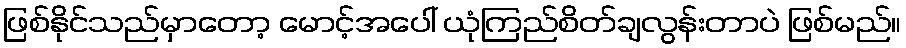
ဖြစ်နိုင်သည်မှာတော့ မောင့်အပေါ် ယုံကြည်စိတ်ချလွန်းတာပဲ ဖြစ်မည်။